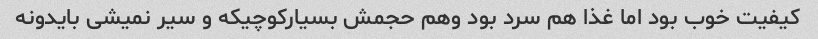
کیفیت خوب بود اما غذا هم سرد بود وهم حجمش بسیارکوچیکه و سیر نمیشی بایدونه